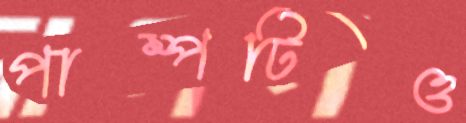
পাম্পটিও